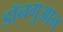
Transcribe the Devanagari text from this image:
डॉनगुआन